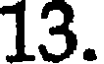
13.